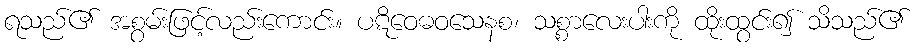
ရသည်၏ အစွမ်းဖြင့်လည်းကောင်း။ ပဋိဝေဓဝသေနစ၊ သစ္စာလေးပါးကို ထိုးထွင်း၍ သိသည်၏